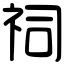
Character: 祠